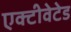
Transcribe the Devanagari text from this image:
एक्टीवेटेड